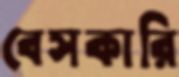
বেসকারি